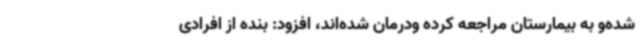
شده‌و به بیمارستان مراجعه کرده ودرمان شده‌اند، افزود: بنده از افرادی